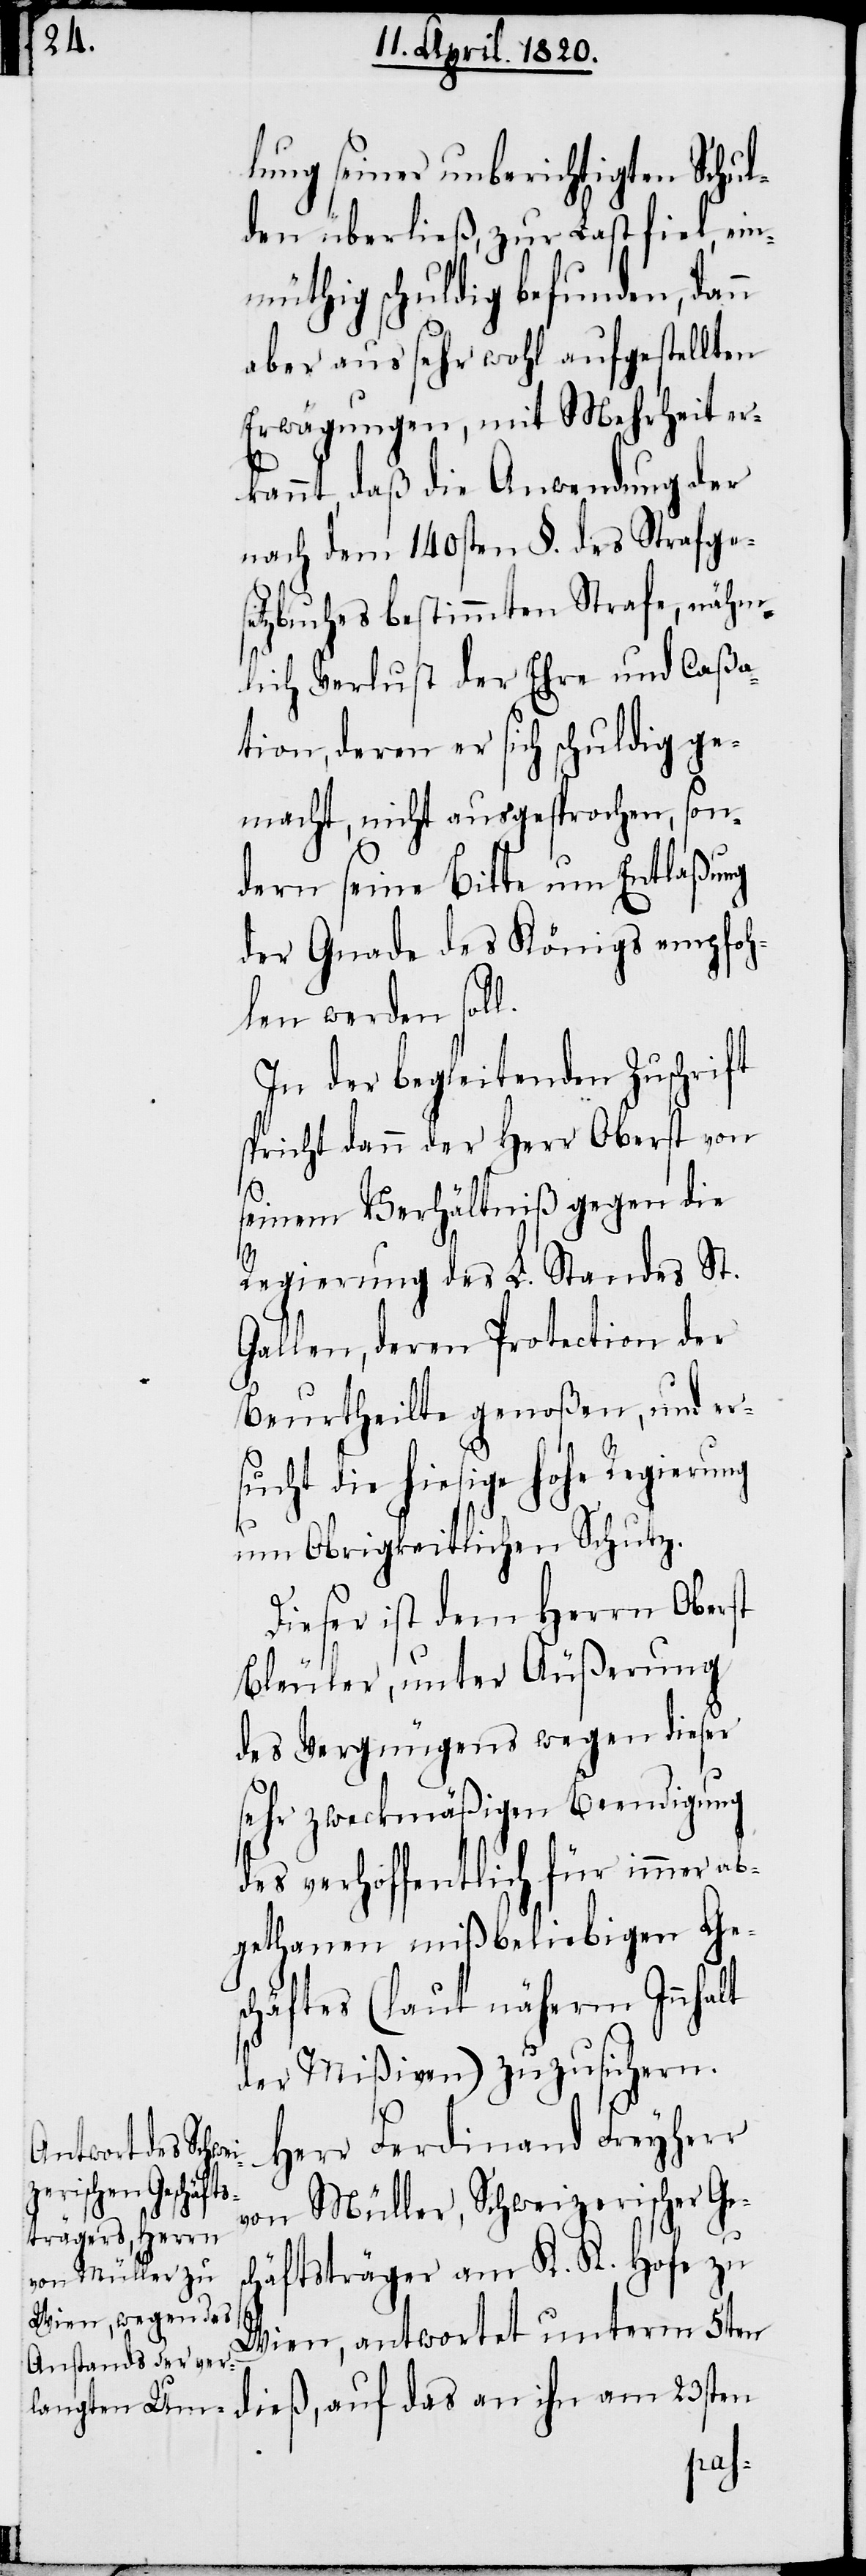
lung seiner unberichtigten Schul¬
den überdieß, zur Last fiel, ein¬
müthig schuldig befunden, dann
aber aus sehr wohl aufgestellten
Erwägungen, mit Mehrheit er¬
kannt, daß die Anwendung der
nach dem 140sten §. des Strafges¬
etzbuches bestimmten Strafe, näm¬
lich Verlust der Ehre und Caßa¬
tion, deren er sich schuldig ge¬
macht, nicht ausgesprochen, son¬
dern seine Bitte um Entlaßung
der Gnade des Königs empfoh¬
len werden soll.
In der begleitenden Zuschrift
spricht dann der Herr Oberst von
seinem Verhältniß gegen die
Regierung des L. Standes St.
Gallen, deren Protection der
Beurtheilte genoßen, und er¬
sucht die hiesige Hohe Regierung
um Obrigkeitlichen Schutz.
Dieser ist dem Herrn Oberst
Bleuler, unter Äußerung
des Vergnügens wegen dieser
sehr zweckmäßigen Beendigung
des verhoffentlich für immer ab¬
gethanen mißbeliebigen Ges¬
chäftes (laut nähern Inhalt
der Mißiven) zuzusichern.
Herr Ferdinand Freyherr
von Müller, Schweizerischer Ges¬
chäftsträger am K. K. Hofe zu
Wien, antwortet unterm 5ten
dieß, auf das an ihn am 23sten